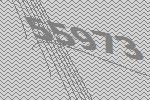
55973